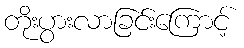
တိုးပွားလာခြင်းကြောင့်